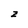
Character: z